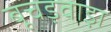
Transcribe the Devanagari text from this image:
बूचड़वाड़ा